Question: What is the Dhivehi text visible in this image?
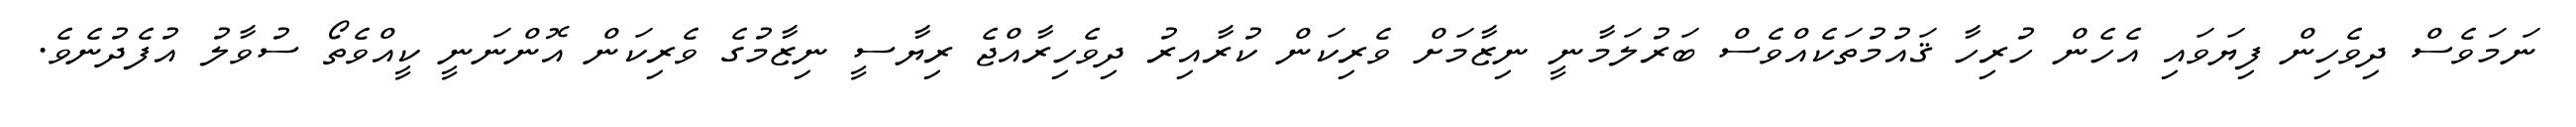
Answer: ނަމަވެސް ދިވެހިން ފިޔަވައި އެހެން ހުރިހާ ޤައުމުތަކެއްވެސް ބަރުލަމާނީ ނިޒާމަށް ވެރިކަން ކުރާއިރު ދިވެހިރާއްޖެ ރިޔާސީ ނިޒާމުގެ ވެރިކަން އޮންނަނީ ކީއްވެތޯ ސުވާލު އުފެދުނެވެ.